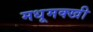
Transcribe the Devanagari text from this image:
मधूमक्खी